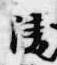
陵